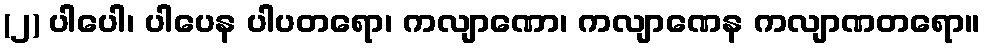
(၂) ပါပေါ၊ ပါပေန ပါပတရော၊ ကလျာဏော၊ ကလျာဏေန ကလျာဏတရော။